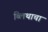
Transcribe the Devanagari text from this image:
ब्लिथाचा